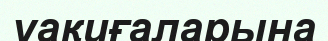
уақиғаларына